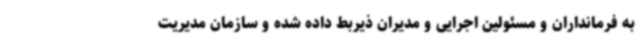
به فرمانداران و مسئولین اجرایی و مدیران ذیربط داده شده و سازمان مدیریت